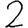
Digit: 2